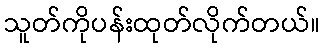
သူတ်ကိုပန်းထုတ်လိုက်တယ်။